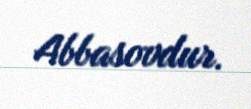
Abbasovdur.